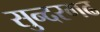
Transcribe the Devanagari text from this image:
सुन्दरगढ